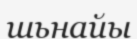
шьнайы